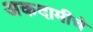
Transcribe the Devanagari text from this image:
अकदामीचे